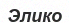
Элико